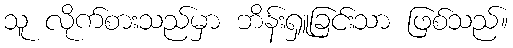
သူ လိုက်စားသည်မှာ ဘိန်းရှူခြင်းသာ ဖြစ်သည်။